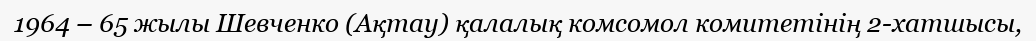
1964 – 65 жылы Шевченко (Ақтау) қалалық комсомол комитетінің 2-хатшысы,